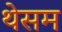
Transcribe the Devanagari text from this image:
थेसम